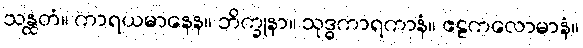
သန္ထတံ။ ကာရယမာနေန။ ဘိက္ခုနာ။ သုဒ္ဓကာရကာနံ။ ဧဠကလောမာနံ။